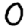
Digit: 0